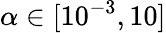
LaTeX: \alpha\in[10^{-3},10]